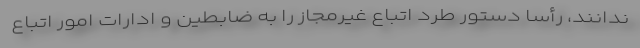
ندانند، رأسا دستور طرد اتباع غیرمجاز را به ضابطین و ادارات امور اتباع